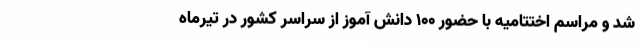
شد و مراسم اختتامیه با حضور ۱۰۰ دانش آموز از سراسر کشور در تیرماه